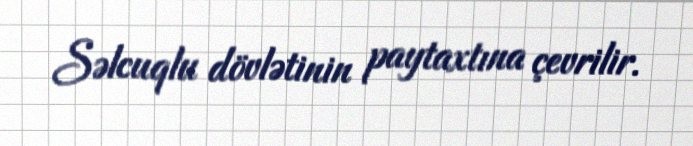
Səlcuqlu dövlətinin paytaxtına çevrilir.